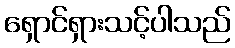
ရှောင်ရှားသင့်ပါသည်